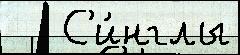
   С'и́нглы